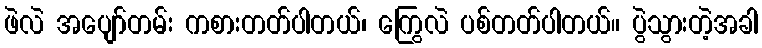
ဖဲလဲ အပျော်တမ်း ကစားတတ်ပါတယ်၊ ကြွေလဲ ပစ်တတ်ပါတယ်။ ပွဲသွားတဲ့အခါ